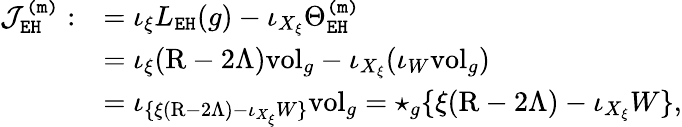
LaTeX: \begin{array}{rl}{\mathcal{J}_{\mathtt{EH}}^{\mathtt{(m)}}:}&{=\iota_{\xi}L_{\mathtt{EH}}(g)-\iota_{X_{\xi}}\Theta_{\mathtt{EH}}^{\mathtt{(m)}}}\\ &{=\iota_{\xi}(\mathrm{R}-2\Lambda)\mathrm{vol}_{g}-\iota_{X_{\xi}}(\iota_{W}\mathrm{vol}_{g})}\\ &{=\iota_{\{ \xi(\mathrm{R}-2\Lambda)-\iota_{X_{\xi}}W\} }\mathrm{vol}_{g}=\star_{g}\{ \xi(\mathrm{R}-2\Lambda)-\iota_{X_{\xi}}W\} ,}\end{array}